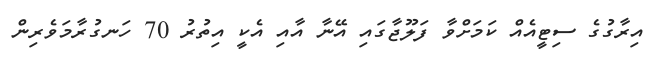
އިރާގުގެ ސިޓީއެއް ކަމަށްވާ ފަލޫޖާގައި އޭނާ އާއި އެކީ އިތުރު 70 ހަނގުރާމަވެރިން